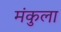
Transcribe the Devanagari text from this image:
मंकुला